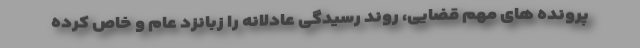
پرونده های مهم قضایی، روند رسیدگی عادلانه را زبانزد عام و خاص کرده